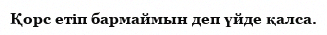
Қорс етіп бармаймын деп үйде қалса.